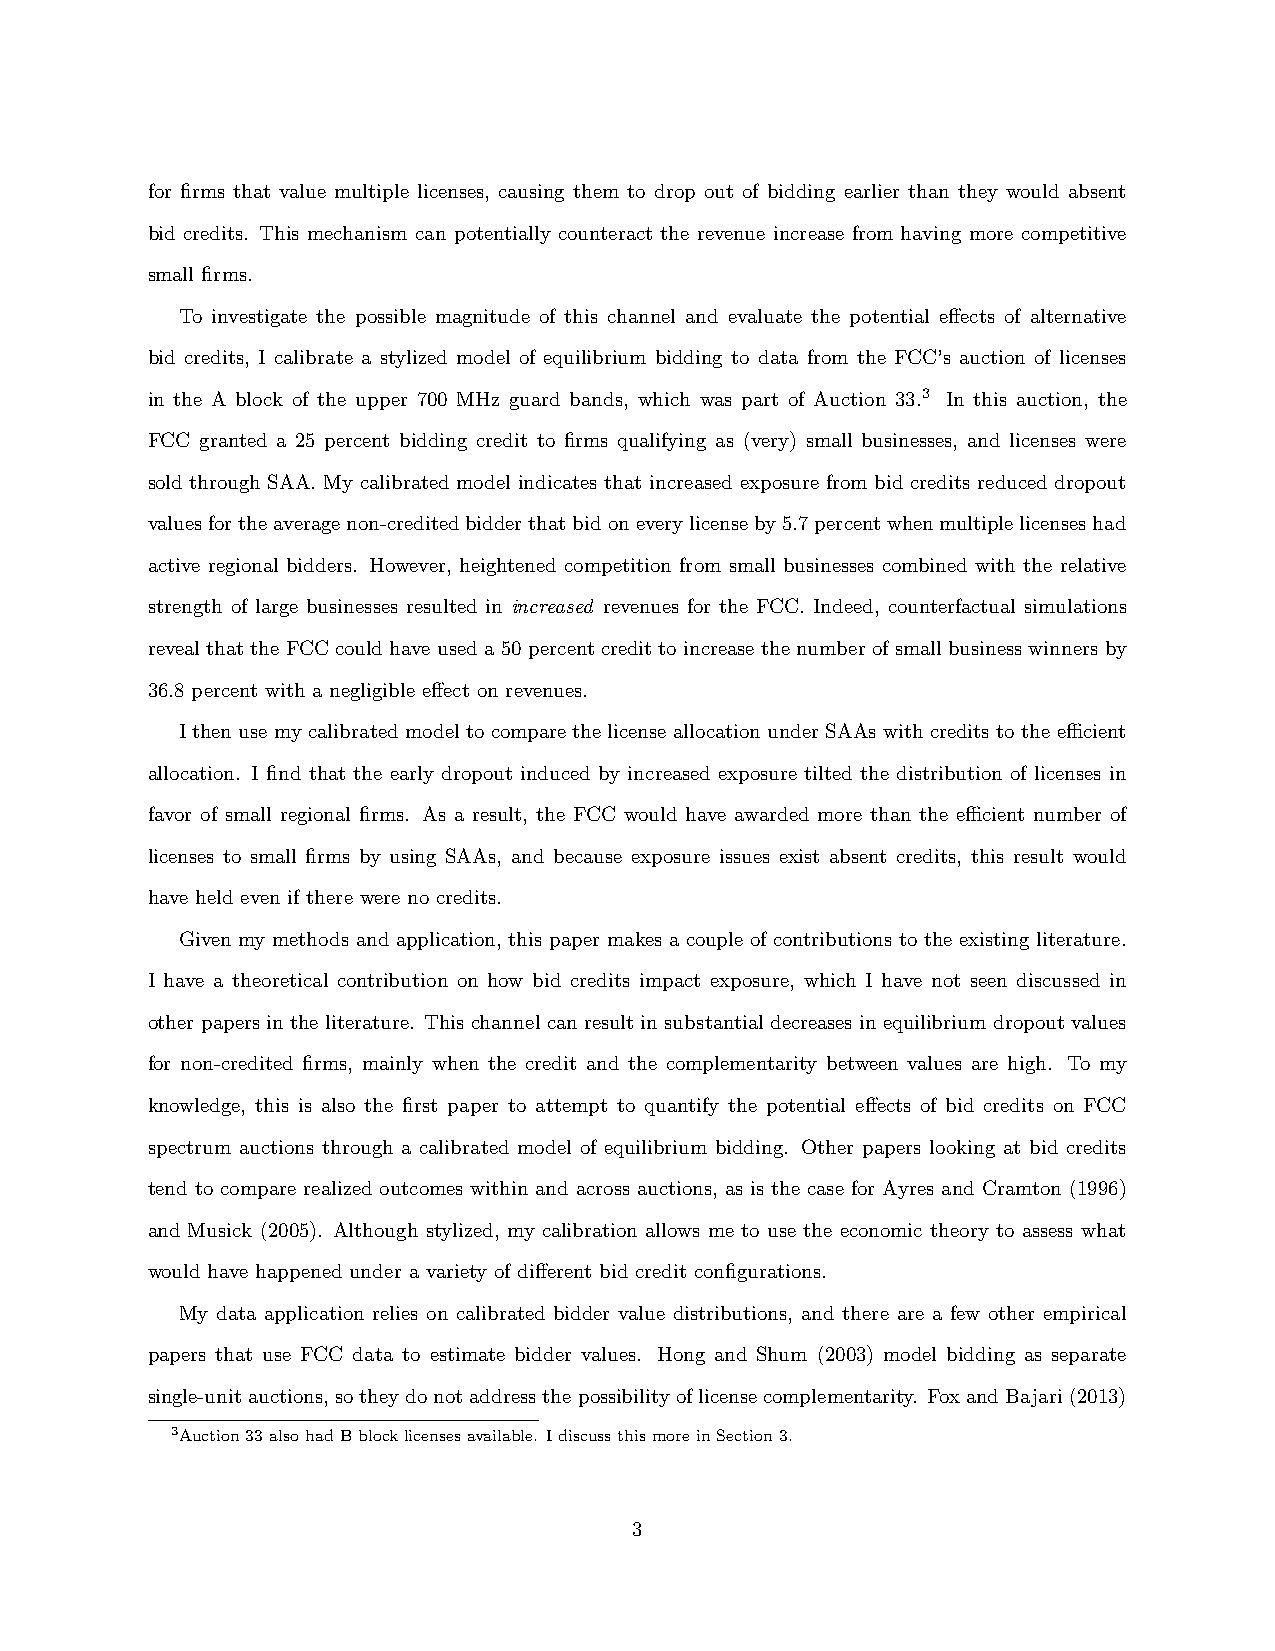
for firms that value multiple licenses, causing them to drop out of bidding earlier than they would absent
 bid credits. This mechanism can potentially counteract the revenue increase from having more competitive
 small firms.
 To investigate the possible magnitude of this channel and evaluate the potential effects of alternative
 bid credits, I calibrate a stylized model of equilibrium bidding to data from the FCC’s auction of licenses
 in the A block of the upper 700 MHz guard bands, which was part of Auction 33.3 In this auction, the
 FCC granted a 25 percent bidding credit to firms qualifying as (very) small businesses, and licenses were
 sold through SAA. My calibrated model indicates that increased exposure from bid credits reduced dropout
 valuesfortheaveragenon-creditedbidderthatbidoneverylicenseby5.7percentwhenmultiplelicenseshad
 active regional bidders. However, heightened competition from small businesses combined with the relative
 strength of large businesses resulted in increased revenues for the FCC. Indeed, counterfactual simulations
 reveal that the FCC could have used a 50 percent credit to increase the number of small business winners by
 36.8 percent with a negligible effect on revenues.
 I then use my calibrated model to compare the license allocation under SAAs with credits to the efficient
 allocation. I find that the early dropout induced by increased exposure tilted the distribution of licenses in
 favor of small regional firms. As a result, the FCC would have awarded more than the efficient number of
 licenses to small firms by using SAAs, and because exposure issues exist absent credits, this result would
 have held even if there were no credits.
 Given my methods and application, this paper makes a couple of contributions to the existing literature.
 I have a theoretical contribution on how bid credits impact exposure, which I have not seen discussed in
 other papers in the literature. This channel can result in substantial decreases in equilibrium dropout values
 for non-credited firms, mainly when the credit and the complementarity between values are high. To my
 knowledge, this is also the first paper to attempt to quantify the potential effects of bid credits on FCC
 spectrum auctions through a calibrated model of equilibrium bidding. Other papers looking at bid credits
 tend to compare realized outcomes within and across auctions, as is the case for Ayres and Cramton (1996)
 and Musick (2005). Although stylized, my calibration allows me to use the economic theory to assess what
 would have happened under a variety of different bid credit configurations.
 My data application relies on calibrated bidder value distributions, and there are a few other empirical
 papers that use FCC data to estimate bidder values. Hong and Shum (2003) model bidding as separate
 single-unitauctions,sotheydonotaddressthepossibilityoflicensecomplementarity. FoxandBajari(2013)
 3Auction33alsohadBblocklicensesavailable. IdiscussthismoreinSection3.
 3